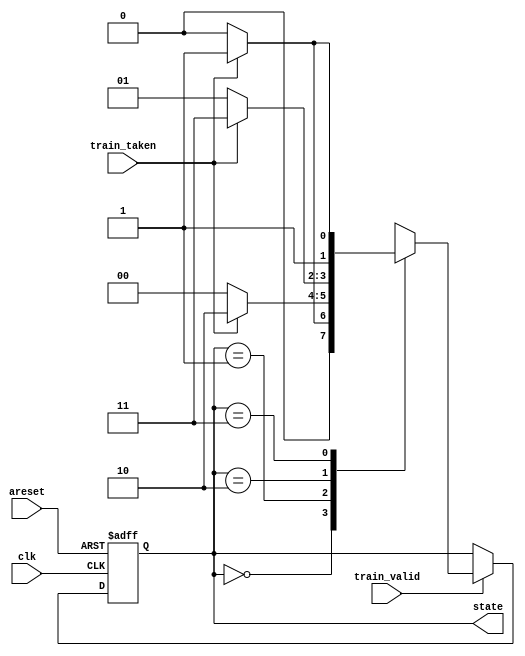
module top_module(
    input clk,
    input areset,
    input train_valid,
    input train_taken,
    output [1:0] state
);
    parameter SNT=2'b00,WNT=2'b01,WT=2'b10,ST=2'b11;
    wire [1:0]next;
    always@(*)begin
        case(state)
            SNT: next = train_taken?WNT:SNT;
            WNT: next = train_taken?WT:SNT;
            WT : next = train_taken?ST:WNT;
            ST : next = train_taken?ST:WT;
            default: next = next;
        endcase
    end
    always@(posedge clk, posedge areset)begin
        if(areset) state <= WNT;
        else state <= train_valid?next:state;
    end
endmodule